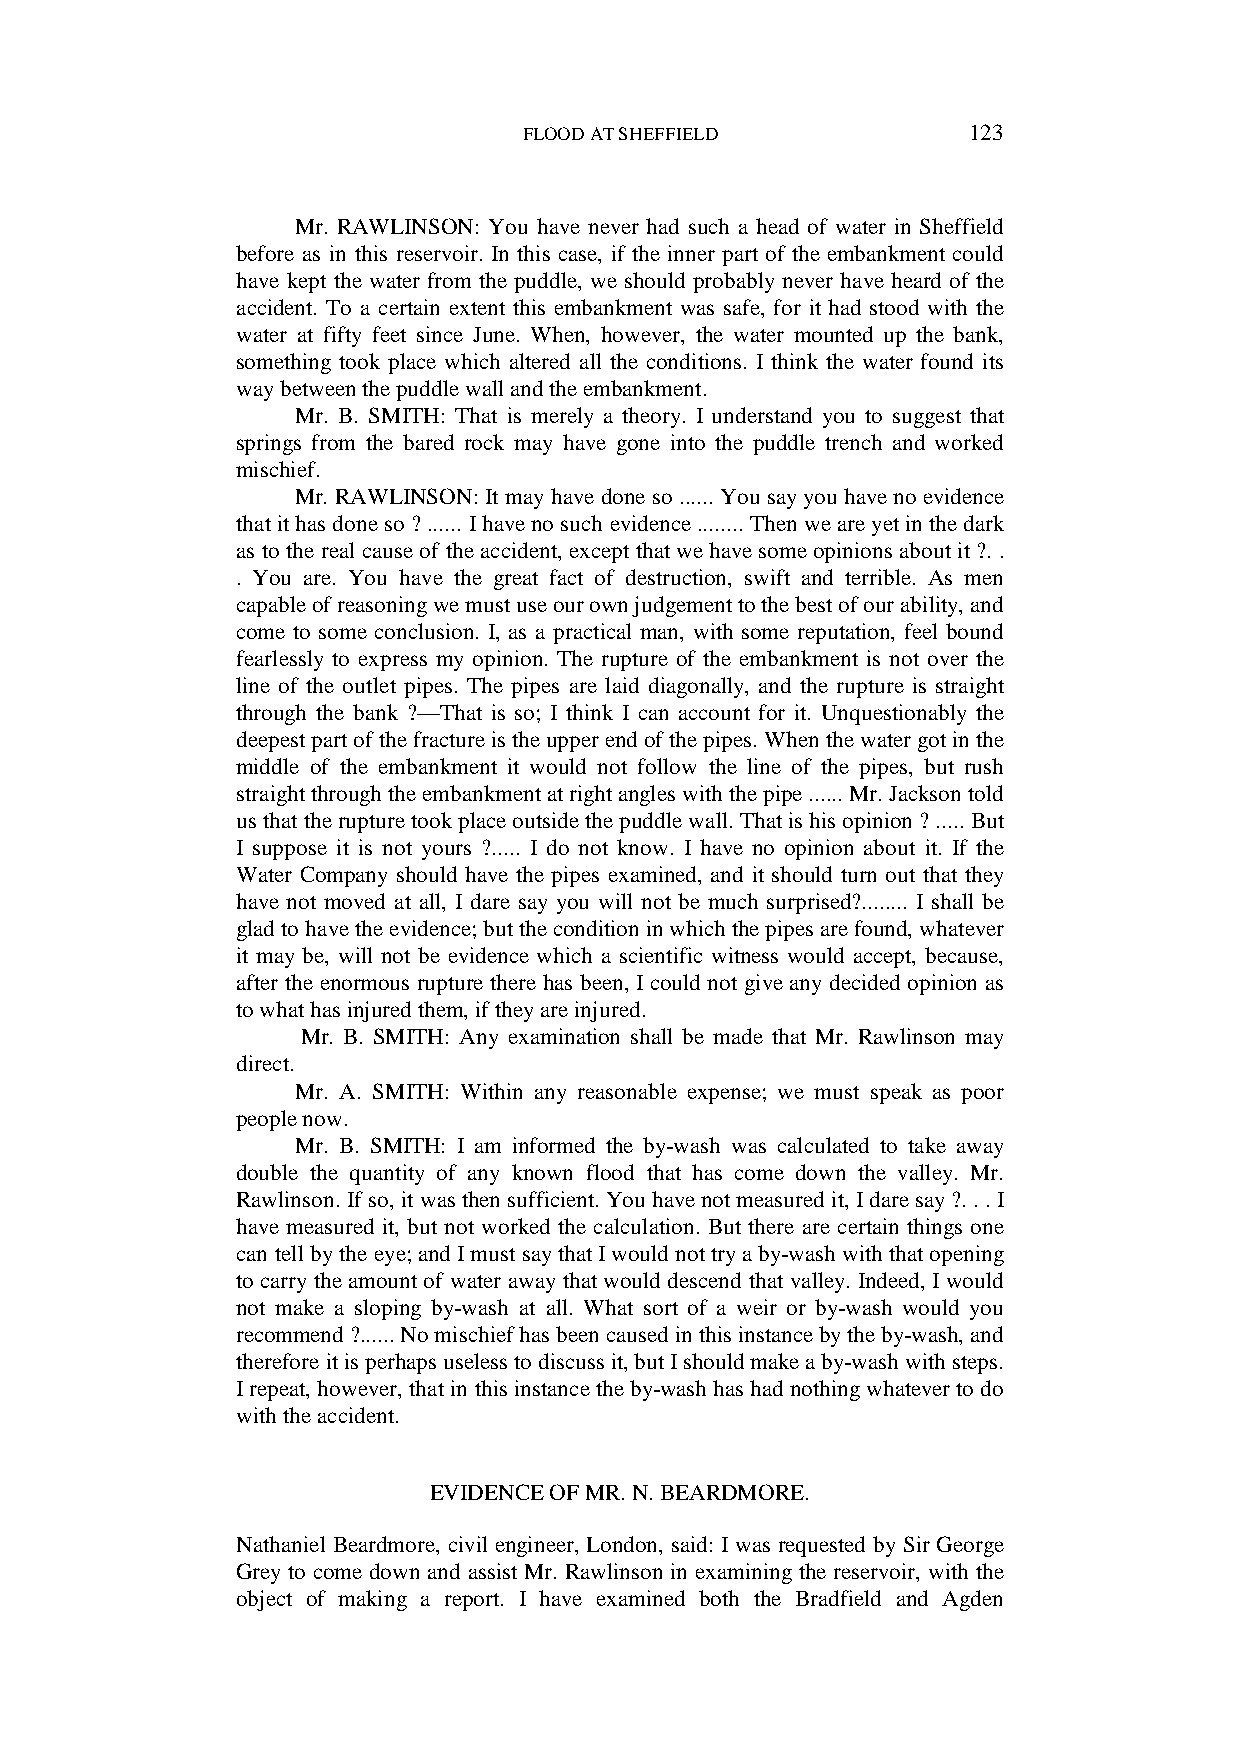
FLOOD AT SHEFFIELD           123
 Mr. RAWLINSON: You have never had such a head of water in Sheffield
 before as in this reservoir. In this case, if the inner part of the embankment could
 have kept the water from the puddle, we should probably never have heard of the
 accident. To a certain extent this embankment was safe, for it had stood with the
 water at fifty feet since June. When, however, the water mounted up the bank,
 something took place which altered all the conditions. I think the water found its
 way between the puddle wall and the embankment.
 Mr. B. SMITH: That is merely a theory. I understand you to suggest that
 springs from the bared rock may have gone into the puddle trench and worked
 mischief.
 Mr. RAWLINSON: It may have done so ...... You say you have no evidence
 that it has done so ? ...... I have no such evidence ........ Then we are yet in the dark
 as to the real cause of the accident, except that we have some opinions about it ?. .
 . You are. You have the great fact of destruction, swift and terrible. As men
 capable of reasoning we must use our own judgement to the best of our ability, and
 come to some conclusion. I, as a practical man, with some reputation, feel bound
 fearlessly to express my opinion. The rupture of the embankment is not over the
 line of the outlet pipes. The pipes are laid diagonally, and the rupture is straight
 through the bank ?—That is so; I think I can account for it. Unquestionably the
 deepest part of the fracture is the upper end of the pipes. When the water got in the
 middle of the embankment it would not follow the line of the pipes, but rush
 straight through the embankment at right angles with the pipe ...... Mr. Jackson told
 us that the rupture took place outside the puddle wall. That is his opinion ? ..... But
 I suppose it is not yours ?..... I do not know. I have no opinion about it. If the
 Water Company should have the pipes examined, and it should turn out that they
 have not moved at all, I dare say you will not be much surprised?........ I shall be
 glad to have the evidence; but the condition in which the pipes are found, whatever
 it may be, will not be evidence which a scientific witness would accept, because,
 after the enormous rupture there has been, I could not give any decided opinion as
 to what has injured them, if they are injured.
 Mr. B. SMITH: Any examination shall be made that Mr. Rawlinson may
 direct.
 Mr. A. SMITH: Within any reasonable expense; we must speak as poor
 people now.
 Mr. B. SMITH: I am informed the by-wash was calculated to take away
 double the quantity of any known flood that has come down the valley. Mr.
 Rawlinson. If so, it was then sufficient. You have not measured it, I dare say ?. . . I
 have measured it, but not worked the calculation. But there are certain things one
 can tell by the eye; and I must say that I would not try a by-wash with that opening
 to carry the amount of water away that would descend that valley. Indeed, I would
 not make a sloping by-wash at all. What sort of a weir or by-wash would you
 recommend ?...... No mischief has been caused in this instance by the by-wash, and
 therefore it is perhaps useless to discuss it, but I should make a by-wash with steps.
 I repeat, however, that in this instance the by-wash has had nothing whatever to do
 with the accident.
 EVIDENCE OF MR. N. BEARDMORE.
 Nathaniel Beardmore, civil engineer, London, said: I was requested by Sir George
 Grey to come down and assist Mr. Rawlinson in examining the reservoir, with the
 object of making a report. I have examined both the Bradfield and Agden